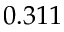
0 . 3 1 1